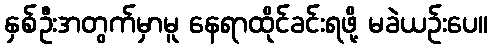
နှစ်ဦးအတွက်မှာမူ နေရာထိုင်ခင်းရဖို့ မခဲယဉ်းပေ။